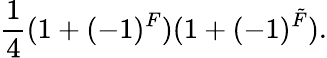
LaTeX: \frac{1}{4}(1+(-1)^{F})(1+(-1)^{\tilde{F}}).